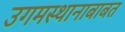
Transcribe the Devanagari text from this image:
उगमस्थानाबाबत